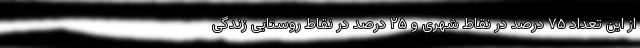
از این تعداد ۷۵ درصد در نقاط شهری و ۲۵ درصد در نقاط روستایی زندگی